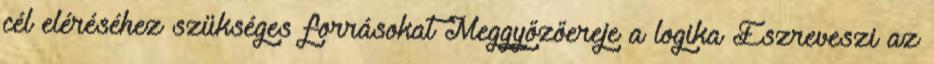
cél eléréséhez szükséges forrásokat Meggyőzőereje a logika Észreveszi az